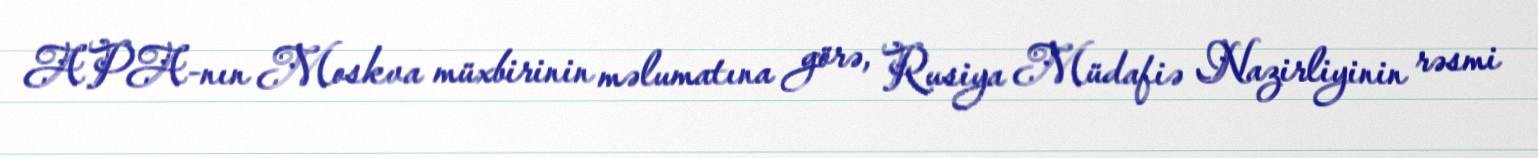
APA-nın Moskva müxbirinin məlumatına görə, Rusiya Müdafiə Nazirliyinin rəsmi